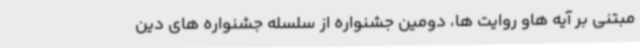
مبتنی بر آیه هاو روایت ها، دومین جشنواره از سلسله جشنواره های دین